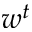
w ^ { t }